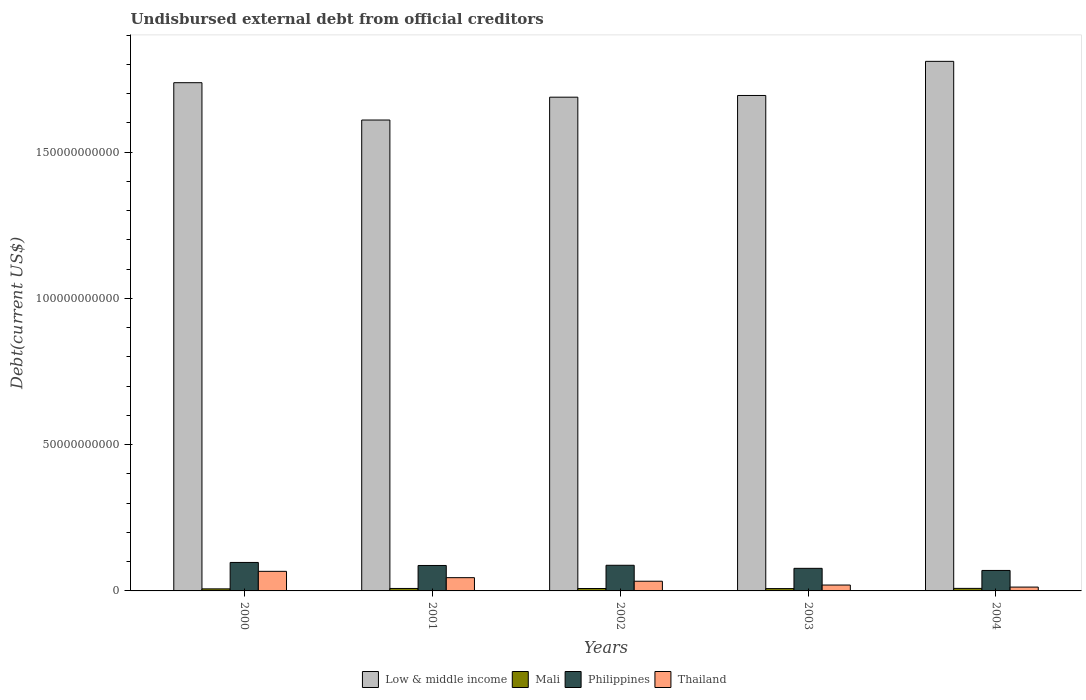
| Years | Low & middle income | Mali | Philippines | Thailand |
 | --- | --- | --- | --- | --- |
 | 2000 | 1.74e+11 | 7.02e+08 | 9.73e+09 | 6.7e+09 |
 | 2001 | 1.61e+11 | 8.39e+08 | 8.7e+09 | 4.53e+09 |
 | 2002 | 1.69e+11 | 8.25e+08 | 8.77e+09 | 3.32e+09 |
 | 2003 | 1.69e+11 | 7.98e+08 | 7.72e+09 | 2.01e+09 |
 | 2004 | 1.81e+11 | 8.7e+08 | 7e+09 | 1.31e+09 |